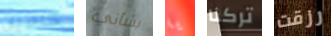
كاميل بشأني يا تركنا رزقت